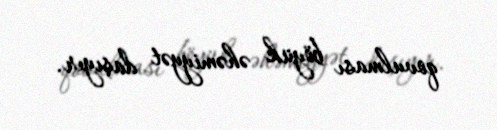
qovulması böyük əhəmiyyət daşıyır.